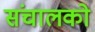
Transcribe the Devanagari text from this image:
संचालको